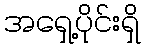
အရှေ့ပိုင်းရှိ